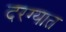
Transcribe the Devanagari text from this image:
दरग्यात